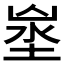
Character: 𡍑